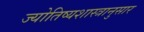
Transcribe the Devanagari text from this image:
ज्योतिष्यशास्त्रानुसार